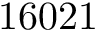
1 6 0 2 1